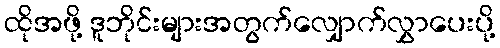
ထိုအဖို့ ဒူဘိုင်းများအတွက်လျှောက်လွှာပေးပို့